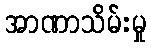
အာဏာသိမ်းမှု